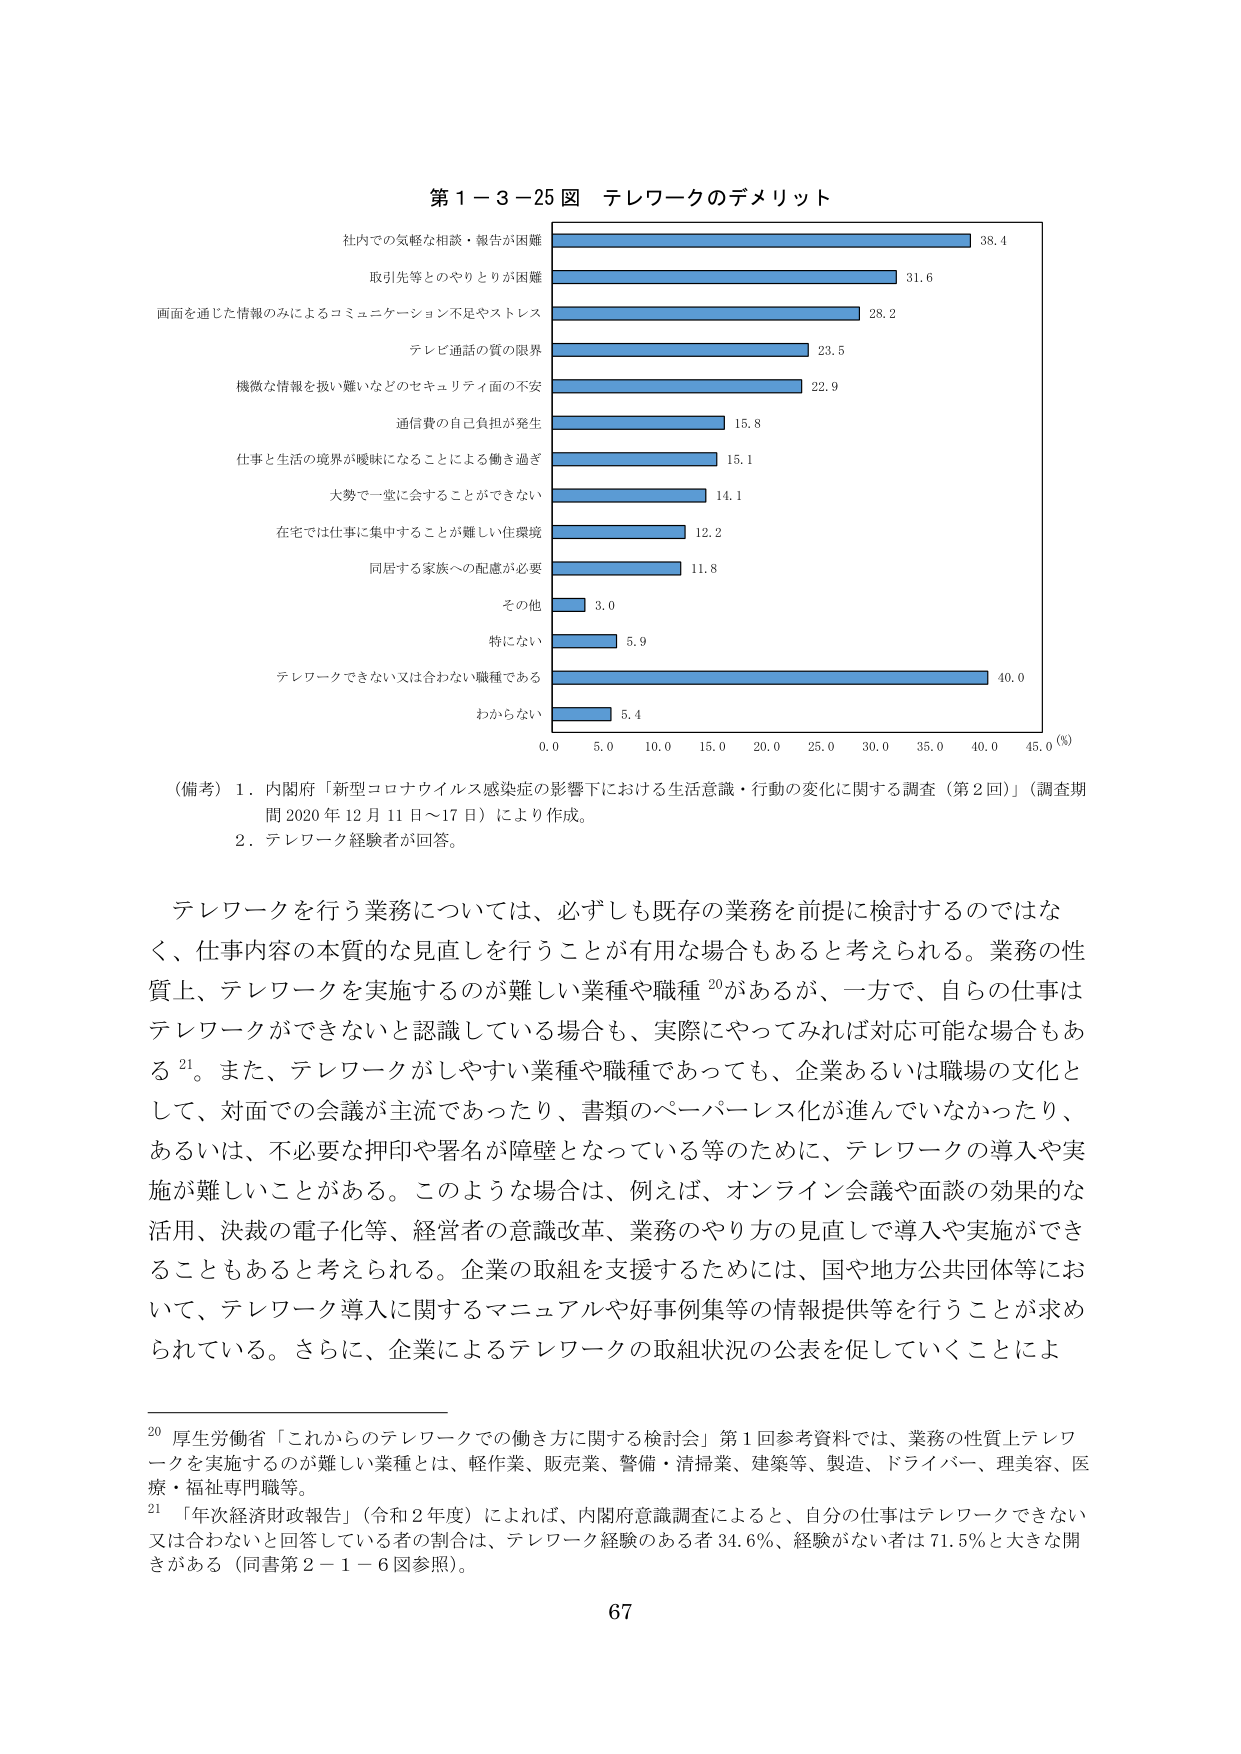
第１－３－25 図 テレワークのデメリット

社内での気軽な相談・報告が困難 38.4
取引先等とのやりとりが困難 31.6
画面を通じた情報のみによるコミュニケーション不足やストレス 28.2
テレビ通話の質の限界 23.5
機微な情報を受け難いなどのセキュリティ面の不安 22.9
通信費の自己負担が発生 15.8
仕事と生活の境界が曖昧になることによる働き過ぎ 15.1
大勢で一堂に会することができない 14.1
在宅では仕事に集中することが難しい住環境 12.2
同居する家族への配慮が必要 11.8
その他 3.0
特にない 5.9
テレワークできない又は合わない職種である 40.0
わからない 5.4

0.0 5.0 10.0 15.0 20.0 25.0 30.0 35.0 40.0 45.0 (%)

（備考）１．内閣府「新型コロナウイルス感染症の影響下における生活意識・行動の変化に関する調査（第２回）」（調査期間 2020 年 12 月 11 日～17 日）により作成。
　　　２．テレワーク経験者が回答。

テレワークを行う業務については、必ずしも既存の業務を前提に検討するのではなく、仕事内容の本質的な見直しを行うことが有用な場合もあると考えられる。業務の性質上、テレワークを実施するのが難しい業種や職種20があるが、一方で、自らの仕事はテレワークができないと認識している場合も、実際にやってみれば対応可能な場合もある21。また、テレワークがしやすい業種や職種であっても、企業あるいは職場の文化として、対面での会議が主流であったり、書類のペーパーレス化が進んでいなかったり、あるいは、不必要な押印や署名が障壁となっている等のために、テレワークの導入や実施が難しいことがある。このような場合は、例えば、オンライン会議や面談の効果的な活用、決裁の電子化等、経営者の意識改革、業務のやり方の見直しで導入や実施ができることもあると考えられる。企業の取組を支援するためには、国や地方公共団体等において、テレワーク導入に関するマニュアルや好事例集等の情報提供等を行うことが求められている。さらに、企業によるテレワークの取組状況の公表を促していくことによ

20 厚生労働省「これからのテレワークでの働き方に関する検討会」第１回参考資料では、業務の性質上テレワークを実施するのが難しい業種とは、軽作業、販売業、警備・清掃業、建築等、製造、ドライバー、理美容、医療・福祉専門職等。
21 「年次経済財政報告」（令和２年度）によれば、内閣府意識調査によると、自分の仕事はテレワークできない又は合わないと回答している者の割合は、テレワーク経験のある者 34.6％、経験がない者は 71.5％と大きな開きがある（同書第２－１－６図参照）。

67